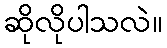
ဆိုလိုပါသလဲ။